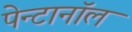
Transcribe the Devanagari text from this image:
पेन्टानॉल